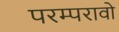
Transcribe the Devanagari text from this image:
परम्परावो